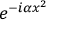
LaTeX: e ^ { - i \alpha x ^ { 2 } }